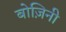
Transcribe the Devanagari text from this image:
बोज़िनी